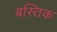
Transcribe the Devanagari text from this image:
बस्तिक